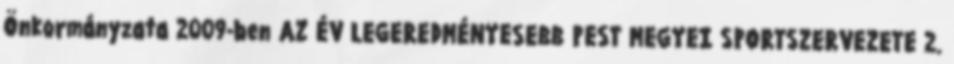
Önkormányzata 2009-ben AZ ÉV LEGEREDMÉNYESEBB PEST MEGYEI SPORTSZERVEZETE 2.